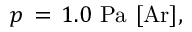
p \, = \, 1 . 0 \ \mathrm { { P a } \ [ \mathrm { { A r } ] , } }